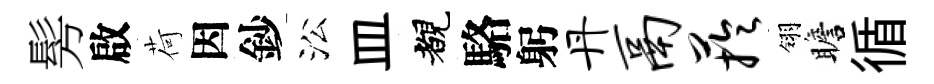
髣啟荷因鈔㳂皿覩駱躬丹鬲芋翎瞻循